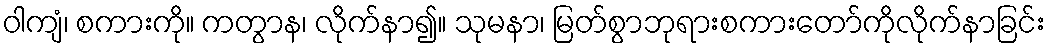
ဝါကျံ၊ စကားကို။ ကတွာန၊ လိုက်နာ၍။ သုမနာ၊ မြတ်စွာဘုရားစကားတော်ကိုလိုက်နာခြင်း